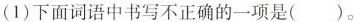
(1)下面词语中书写不正确的一项是( )。